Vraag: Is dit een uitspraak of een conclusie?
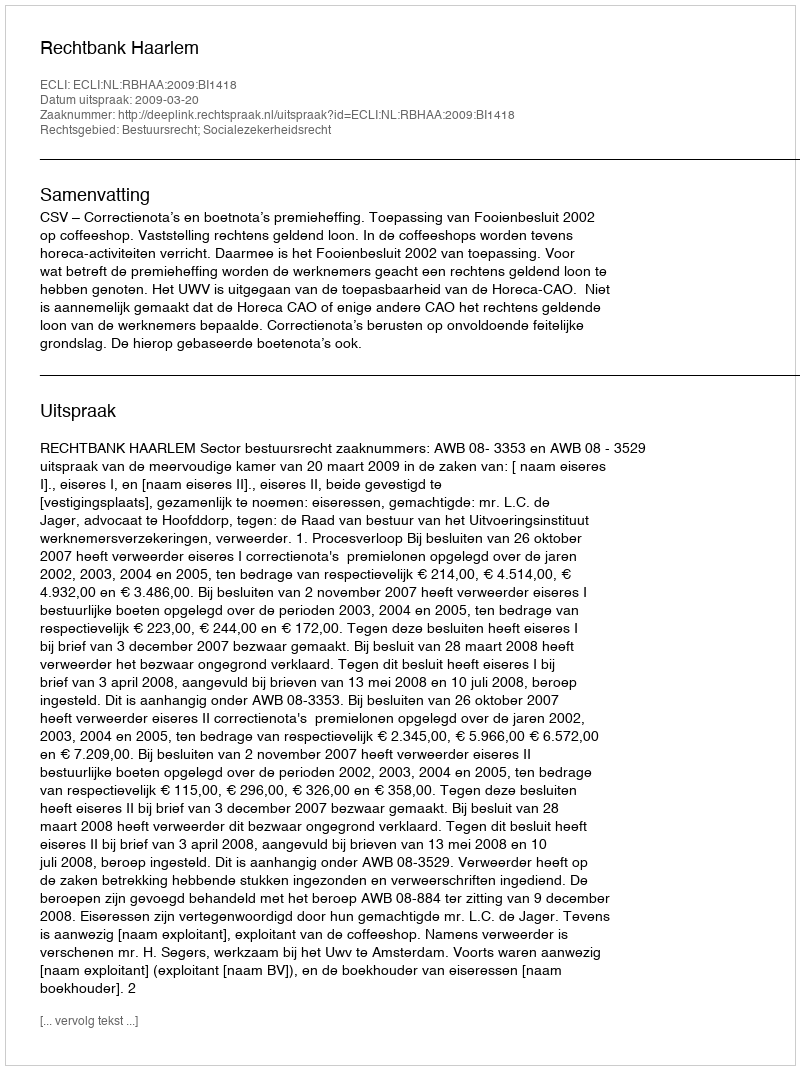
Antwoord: Uitspraak